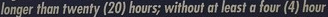
longer than twenty(20)hours;without at least a four(4)hour